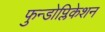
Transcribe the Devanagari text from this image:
फुन्डोप्लिकेशन